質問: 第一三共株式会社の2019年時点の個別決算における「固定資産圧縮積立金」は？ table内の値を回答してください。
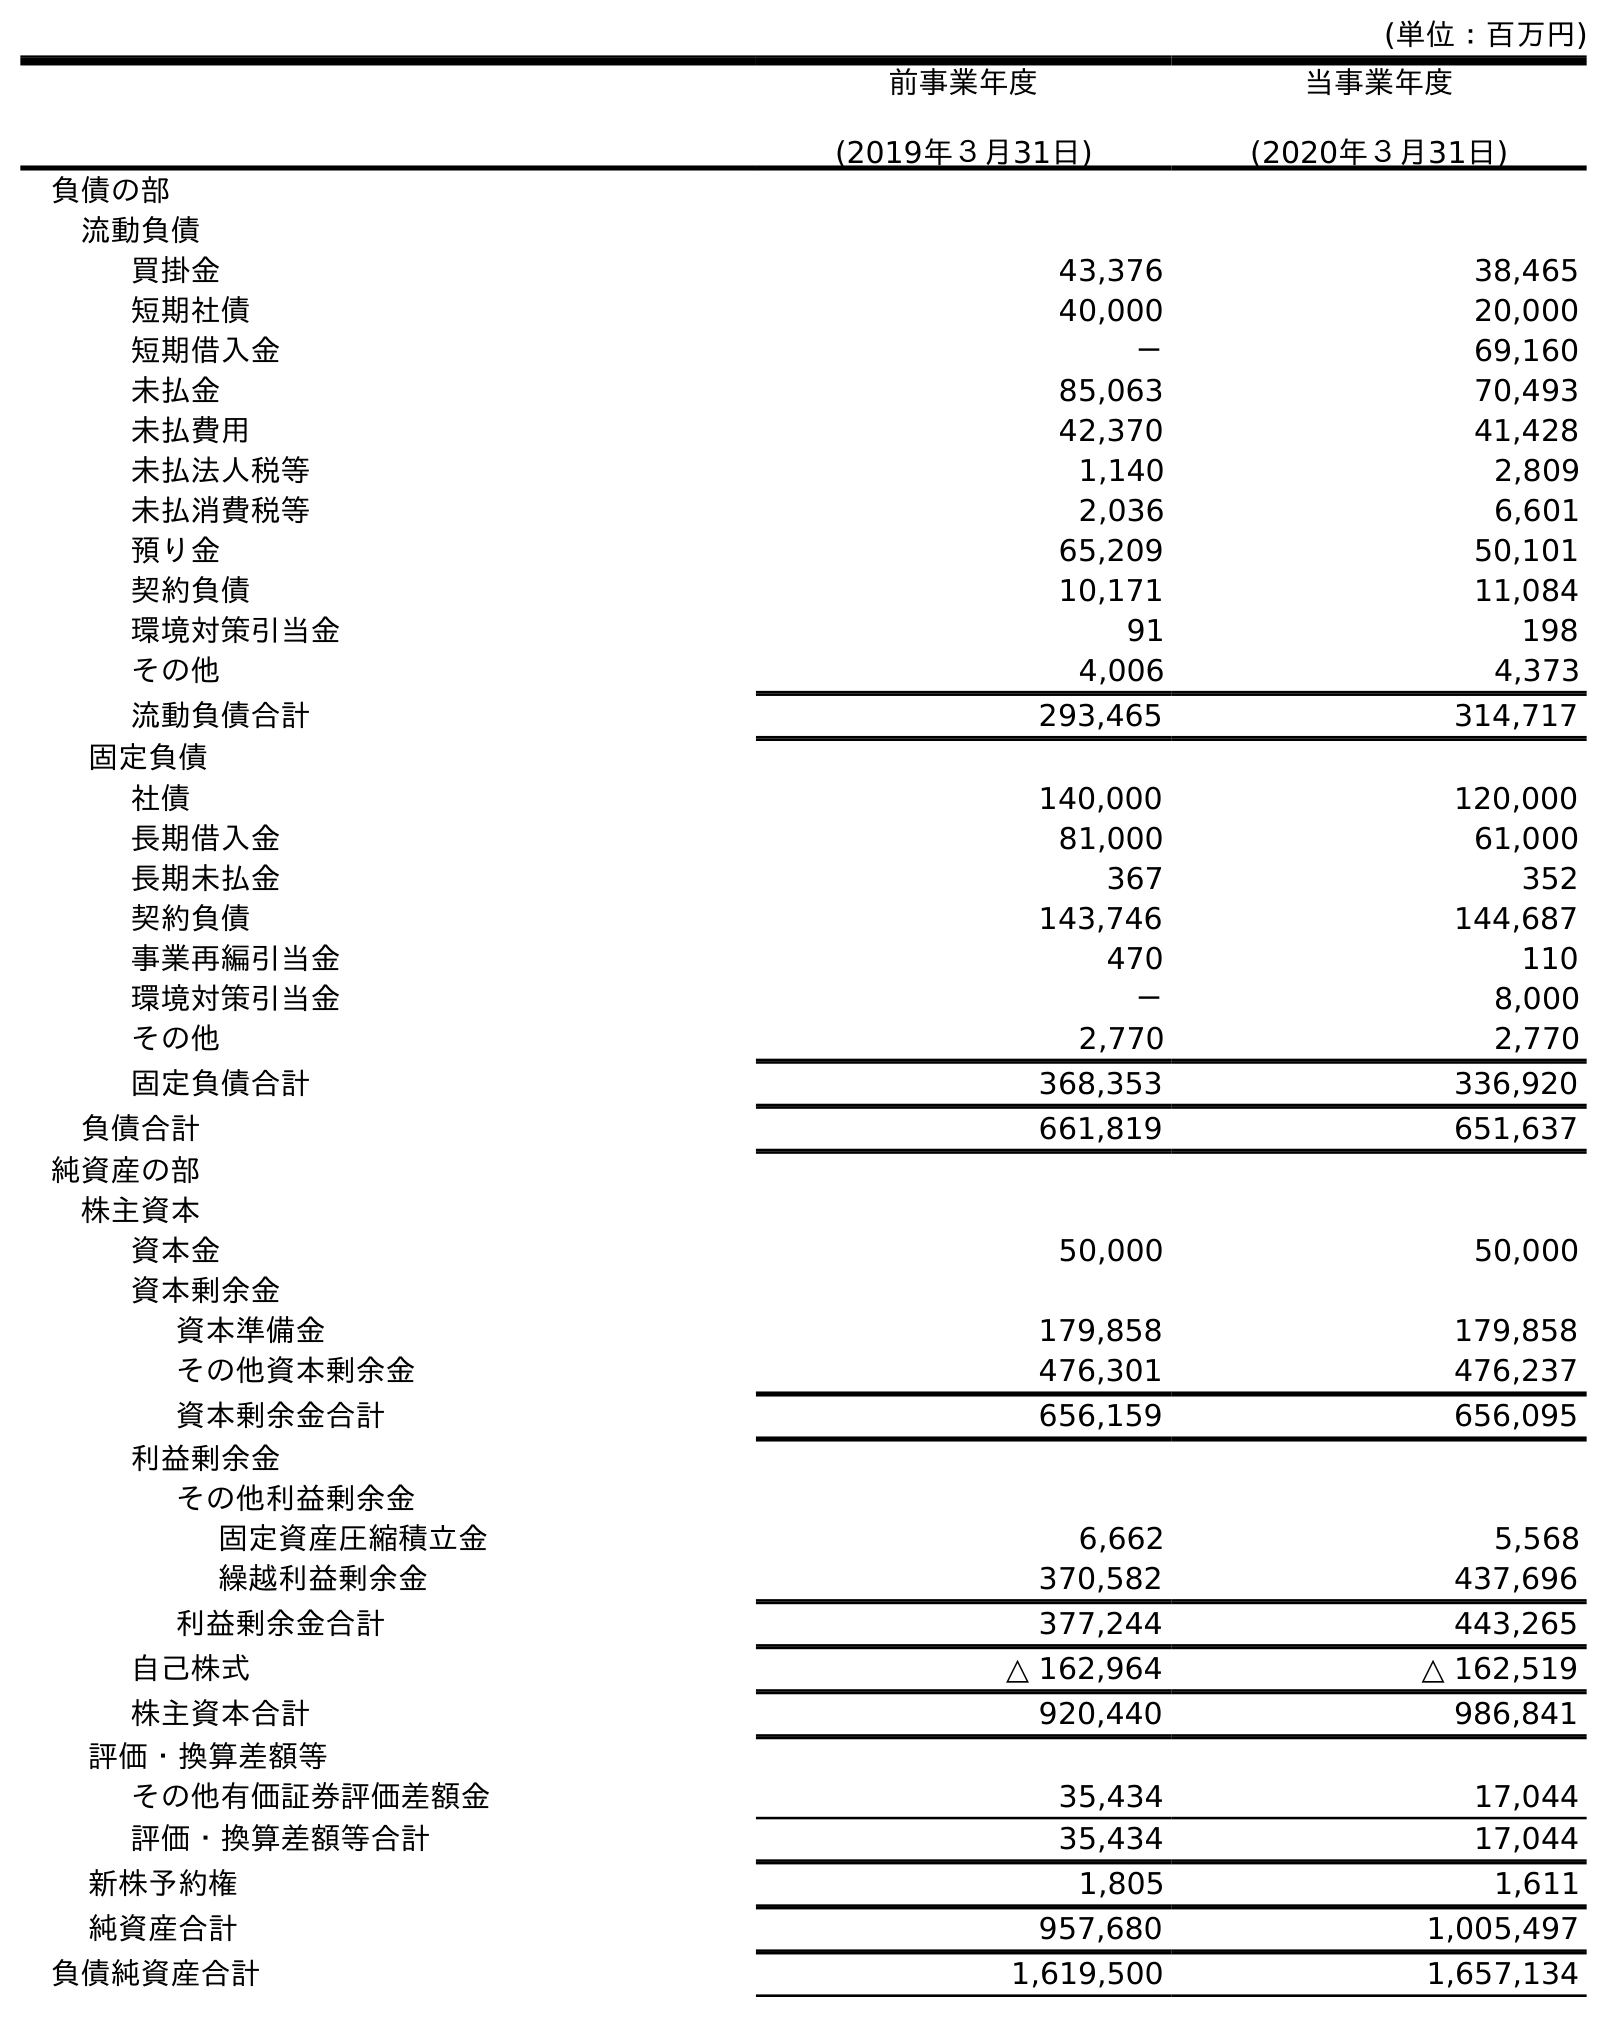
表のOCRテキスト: (単位：百万円) 前事業年度 (2019年３月31日) 当事業年度 (2020年３月31日) 負債の部 流動負債 買掛金 43,376 38,465 短期社債 40,000 20,000 短期借入金 － 69,160 未払金 85,063 70,493 未払費用 42,370 41,428 未払法人税等 1,140 2,809 未払消費税等 2,036 6,601 預り金 65,209 50,101 契約負債 10,171 11,084 環境対策引当金 91 198 その他 4,006 4,373 流動負債合計 293,465 314,717 固定負債 社債 140,000 120,000 長期借入金 81,000 61,000 長期未払金 367 352 契約負債 143,746 144,687 事業再編引当金 470 110 環境対策引当金 － 8,000 その他 2,770 2,770 固定負債合計 368,353 336,920 負債合計 661,819 651,637 純資産の部 株主資本 資本金 50,000 50,000 資本剰余金 資本準備金 179,858 179,858 その他資本剰余金 476,301 476,237 資本剰余金合計 656,159 656,095 利益剰余金 その他利益剰余金 固定資産圧縮積立金 6,662 5,568 繰越利益剰余金 370,582 437,696 利益剰余金合計 377,244 443,265 自己株式 △ 162,964 △ 162,519 株主資本合計 920,440 986,841 評価・換算差額等 その他有価証券評価差額金 35,434 17,044 評価・換算差額等合計 35,434 17,044 新株予約権 1,805 1,611 純資産合計 957,680 1,005,497 負債純資産合計 1,619,500 1,657,134
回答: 6,662